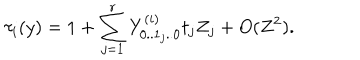
\tau _ { i } ( y ) = 1 + \sum _ { j = 1 } ^ { r } Y _ { 0 . . 1 _ { j } . . 0 } ^ { ( i ) } t _ { j } Z _ { j } + O ( Z ^ { 2 } ) .